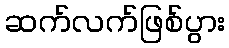
ဆက်လက်ဖြစ်ပွား